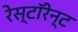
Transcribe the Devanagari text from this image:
रेस्टॉरेन्ट